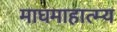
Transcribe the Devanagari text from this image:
माघमाहात्म्य